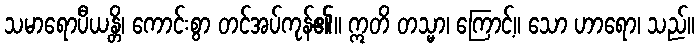
သမာရောပီယန္တိ၊ ကောင်းစွာ တင်အပ်ကုန်၏။ ဣတိ တသ္မာ၊ ကြောင့်။ သော ဟာရော၊ သည်။